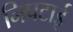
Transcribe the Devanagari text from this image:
निपटाई